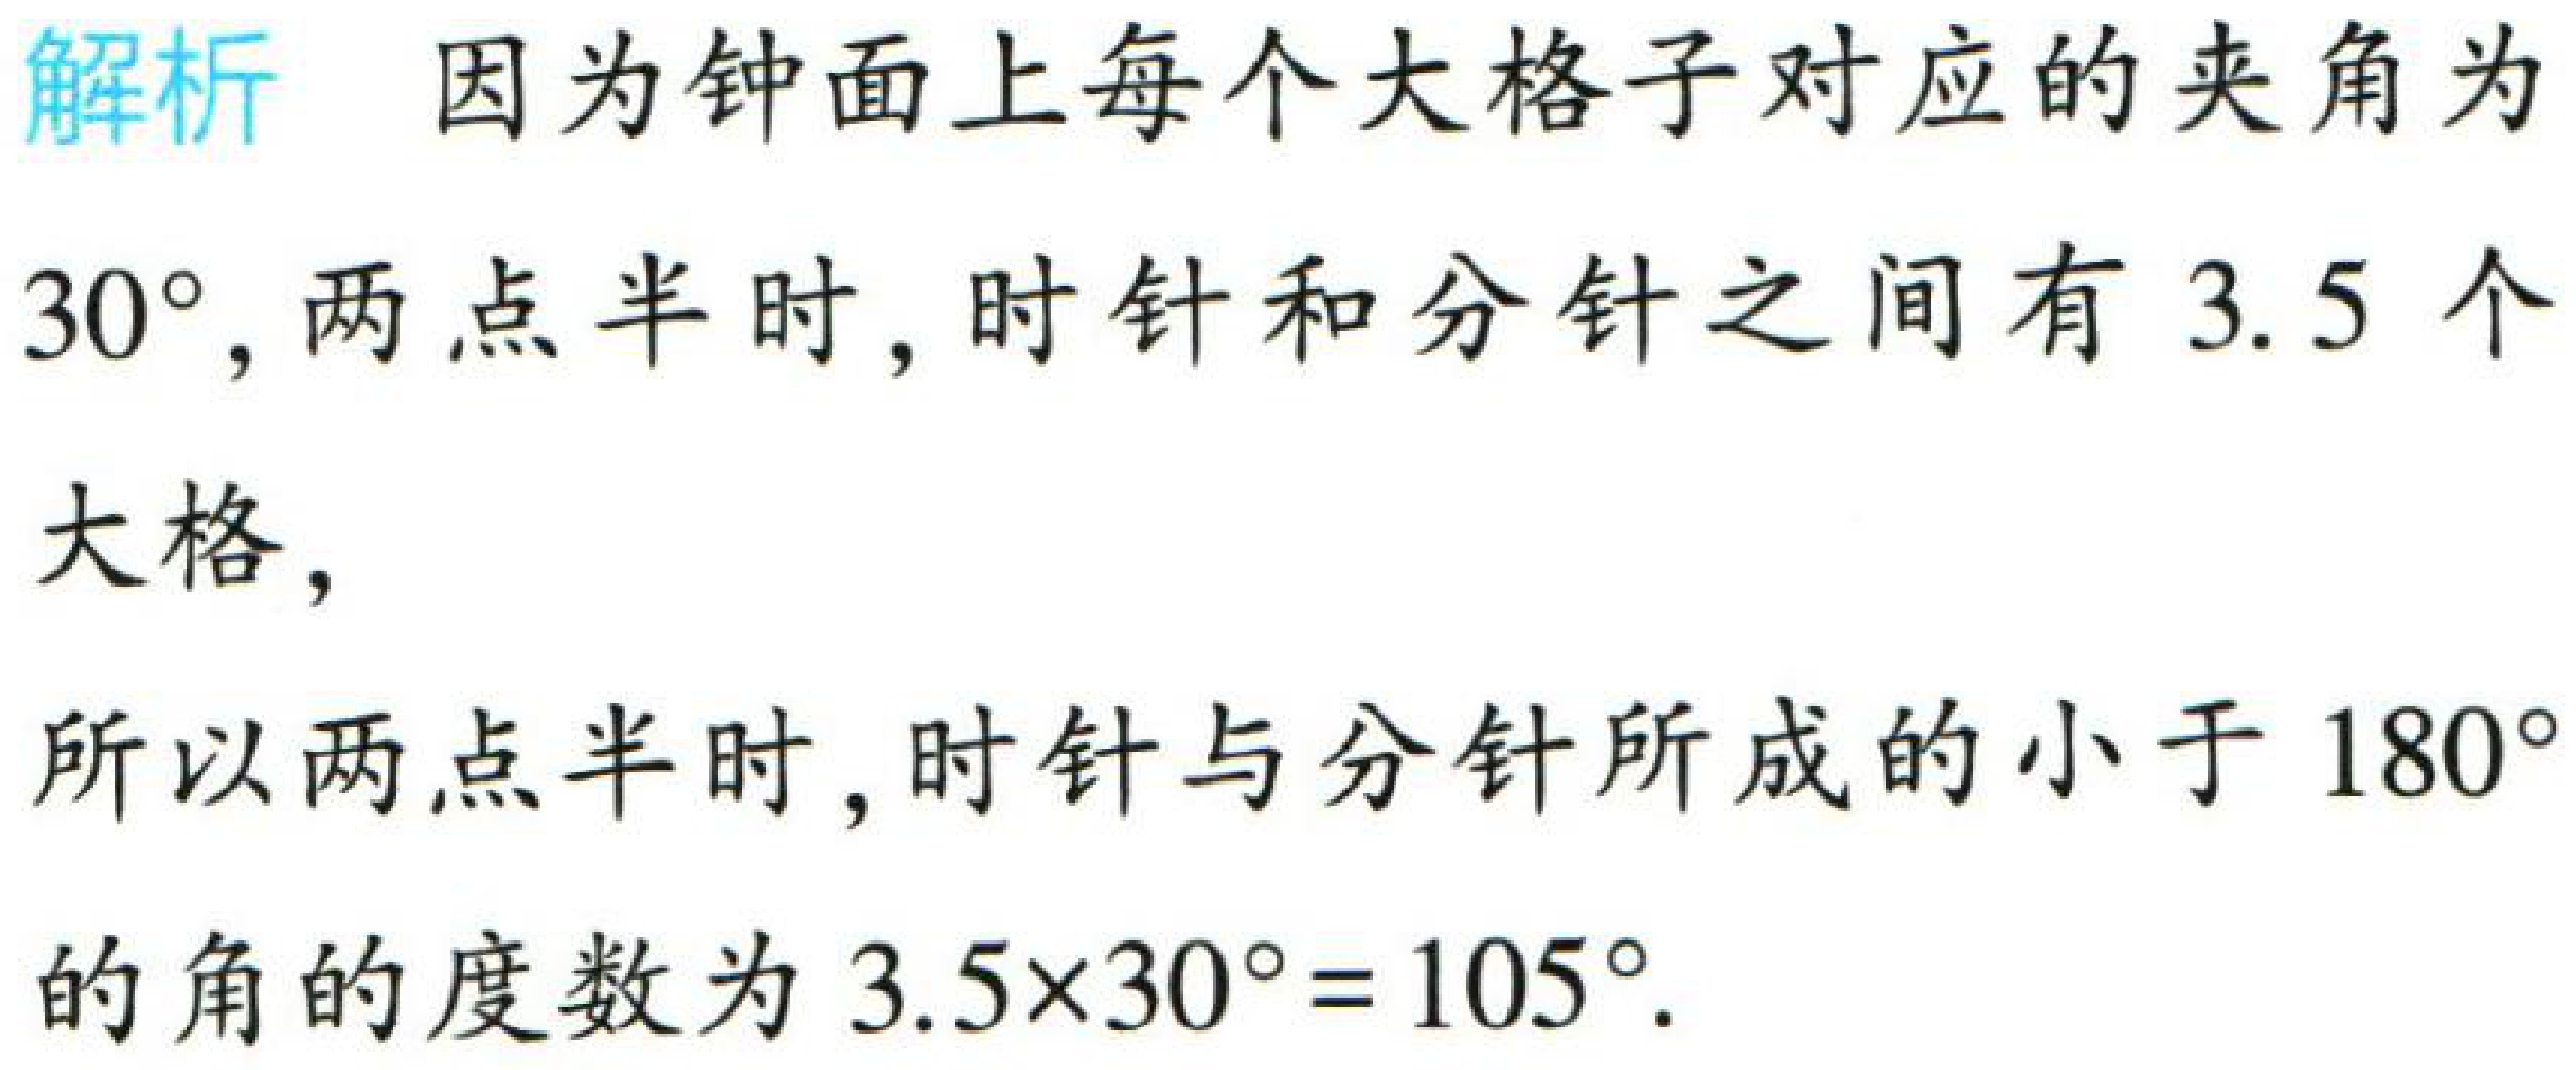
解析 因为钟面上每个大格子对应的夹角为\(30^{\circ}\)，两点半时，时针和分针之间有\(3.5\)个大格，

所以两点半时，时针与分针所成的小于\(180^{\circ}\)的角的度数为\(3.5\times30^{\circ}=105^{\circ}\).